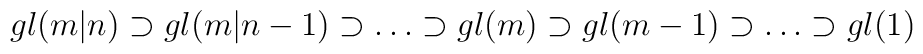
gl(m|n) \supset gl(m|n-1) \supset \dots \supset gl(m) \supset gl(m-1)\supset \dots \supset gl(1)